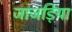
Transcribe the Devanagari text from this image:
जाजड़िया